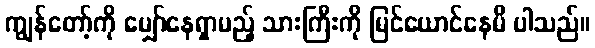
ကျွန်တော့်ကို မျှော်နေရှာမည့် သားကြီးကို မြင်ယောင်နေမိ ပါသည်။